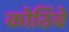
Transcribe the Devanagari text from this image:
कोठिंबे